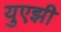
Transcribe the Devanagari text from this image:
युएझी